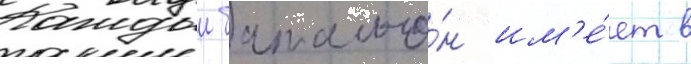
Каждыи батальо́н им'е́ет в